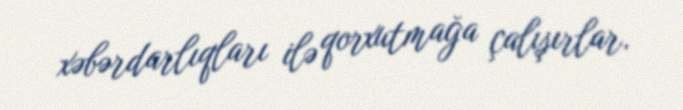
xəbərdarlıqları ilə qorxutmağa çalışırlar.